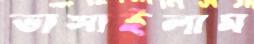
ভাসাইলাম